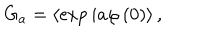
G _ { a } = \left\langle \exp i a \varphi \left( 0 \right) \right\rangle ,